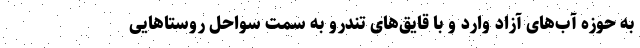
به حوزه آب‌های آزاد وارد و با قایق‌های تندرو به سمت سواحل روستاهایی